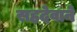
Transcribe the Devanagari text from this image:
सहदेवाने